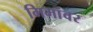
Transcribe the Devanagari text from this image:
मिमांवर